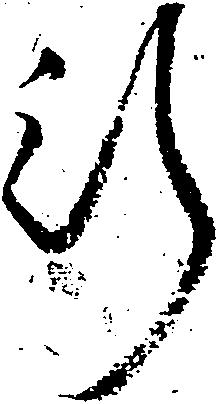
行